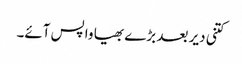
کتنی دیر بعد بڑے بھیا واپس آئے۔